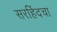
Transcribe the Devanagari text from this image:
सरहिंदचा